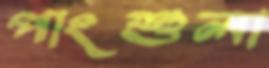
পাংশুলা